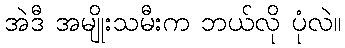
အဲဒီ အမျိုးသမီးက ဘယ်လို ပုံလဲ။